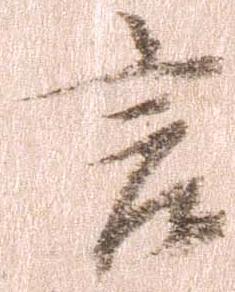
言